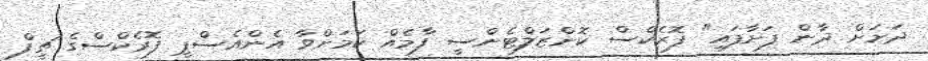
ދަށަށް ދާން ފަށާފައި" ފޮރެކްސް ކޮންޒަލްޓެންސީ ފާމެއް ކަމަށްވާ އެންއެސްޕީ ފޮރެކްސްގެ ޗީފް